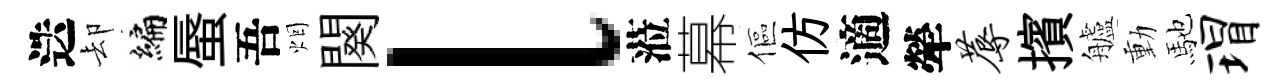
迭却编蜃吾烟闋l蒞幕傴仿適犖蓐擯艫動馳瑁